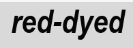
red-dyed